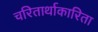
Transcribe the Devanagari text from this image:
चरितार्थाकारिता